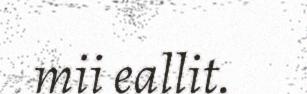
mii eallit.